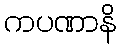
ကပဏာနိ